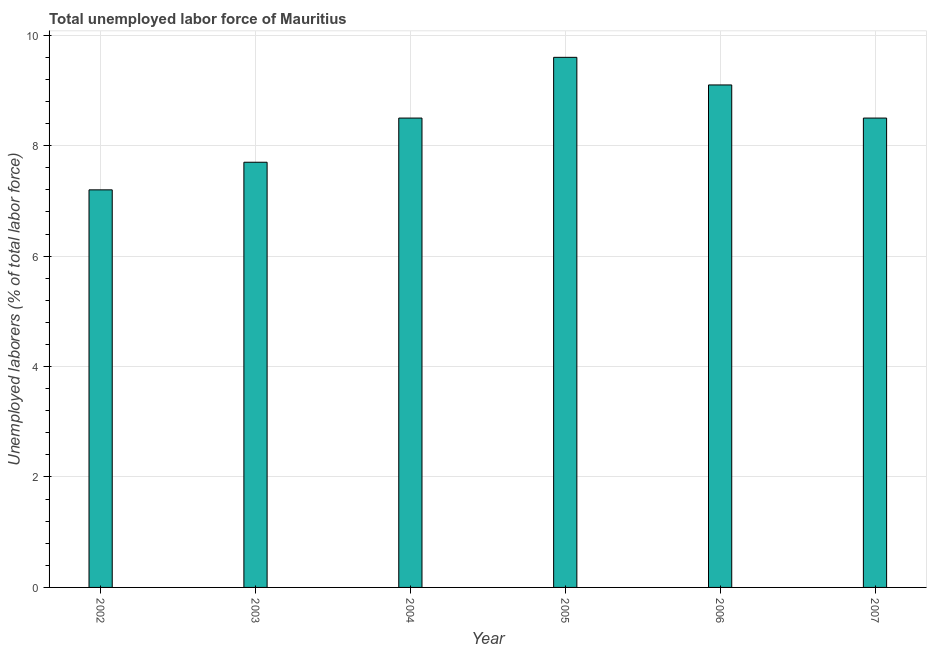
| Year | Unemployment total |
 | --- | --- |
 | 2002 | 7.2 |
 | 2003 | 7.7 |
 | 2004 | 8.5 |
 | 2005 | 9.6 |
 | 2006 | 9.1 |
 | 2007 | 8.5 |